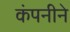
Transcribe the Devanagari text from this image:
कंपनीने